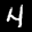
Label: 4